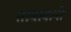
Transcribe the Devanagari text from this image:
ताबाबानी